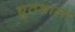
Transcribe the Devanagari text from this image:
द्युतशाला